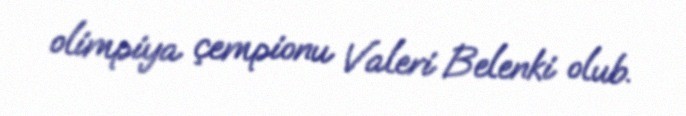
olimpiya çempionu Valeri Belenki olub.